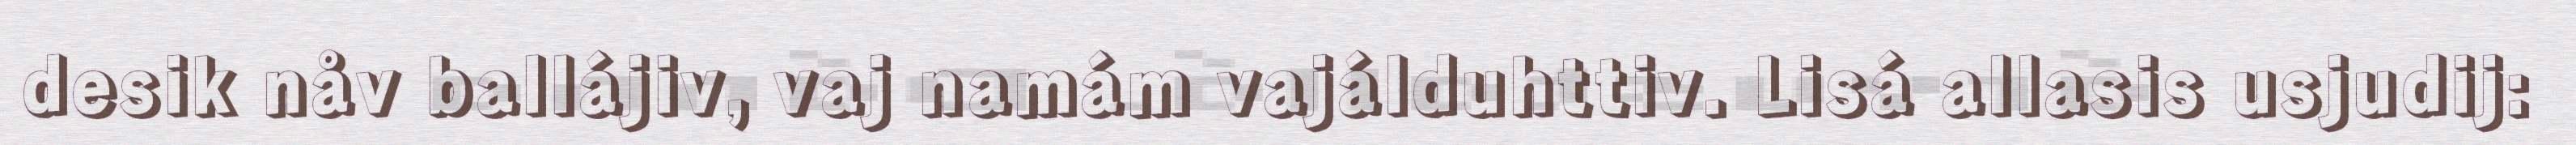
desik nåv ballájiv, vaj namám vajálduhttiv. Lisá allasis usjudij: